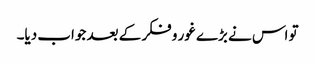
تو اس نے بڑے غور و فکر کے بعد جواب دیا۔